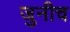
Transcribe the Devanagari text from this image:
जुनीच